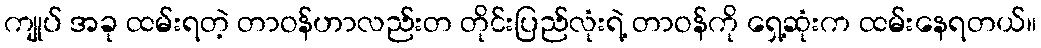
ကျုပ် အခု ထမ်းရတဲ့ တာဝန်ဟာလည်းတ တိုင်းပြည်လုံးရဲ့ တာဝန်ကို ရှေ့ဆုံးက ထမ်းနေရတယ်။